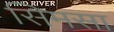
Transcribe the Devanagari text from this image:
सिमसा